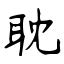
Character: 耽